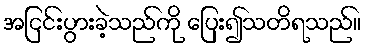
အငြင်းပွားခဲ့သည်ကို ပြေး၍သတိရသည်။